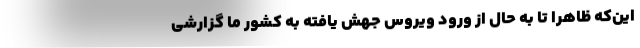
این‌‌که ظاهراً تا به حال از ورود ویروس جهش یافته به کشور ما گزارشی